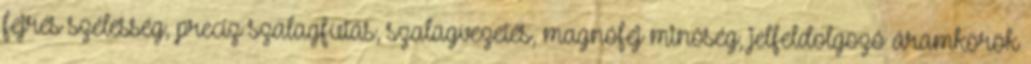
fejrés szélesség, precíz szalagfutás, szalagvezetés, magnófej minőség, jelfeldolgozó áramkörök